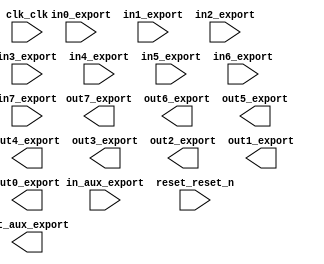

module sopc4 (
	clk_clk,
	in_aux_export,
	out_aux_export,
	reset_reset_n,
	in0_export,
	in1_export,
	in2_export,
	in3_export,
	in4_export,
	in5_export,
	in6_export,
	in7_export,
	out7_export,
	out6_export,
	out5_export,
	out4_export,
	out3_export,
	out2_export,
	out1_export,
	out0_export);	

	input		clk_clk;
	input	[7:0]	in_aux_export;
	output	[7:0]	out_aux_export;
	input		reset_reset_n;
	input	[7:0]	in0_export;
	input	[7:0]	in1_export;
	input	[7:0]	in2_export;
	input	[7:0]	in3_export;
	input	[7:0]	in4_export;
	input	[7:0]	in5_export;
	input	[7:0]	in6_export;
	input	[7:0]	in7_export;
	output	[7:0]	out7_export;
	output	[7:0]	out6_export;
	output	[7:0]	out5_export;
	output	[7:0]	out4_export;
	output	[7:0]	out3_export;
	output	[7:0]	out2_export;
	output	[7:0]	out1_export;
	output	[7:0]	out0_export;
endmodule